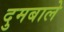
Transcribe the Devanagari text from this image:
दुमबाले